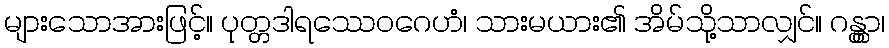
များသောအားဖြင့်။ ပုတ္တဒါရဿေဝဂေဟံ၊ သားမယား၏ အိမ်သို့သာလျှင်။ ဂန္တွာ၊